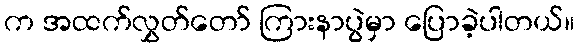
က အထက်လွှတ်တော် ကြားနာပွဲမှာ ပြောခဲ့ပါတယ်။